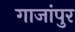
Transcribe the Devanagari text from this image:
गाजांपुर